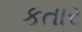
કતાર